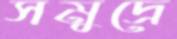
সমুদ্রে